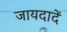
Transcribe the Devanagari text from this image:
जायदादें